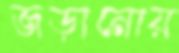
জড়ানোয়